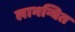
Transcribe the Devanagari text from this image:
लाभन्वित